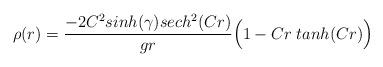
LaTeX: \begin{align*}\rho (r) ={ - 2 C^2 sinh (\gamma) sech ^2 (C r) \over g r} \Big( 1 - C r \; tanh(C r) \Big)\end{align*}